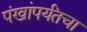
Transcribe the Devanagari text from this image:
पंखांपर्यंतचा